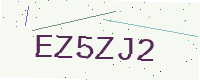
Text: EZ5ZJ2